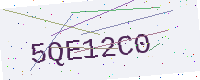
Text: 5QE12C0